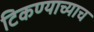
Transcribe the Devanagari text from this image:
टिकण्याच्याच